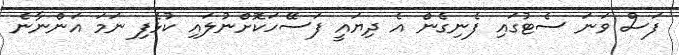
ފަސް ވަނަ ސެޓުގައި ފެނިގެން އެ ދިޔައީ ފަސޭހަކޮށްނުލައި ކުޅެފި ނަމަ އަންނާނެ